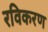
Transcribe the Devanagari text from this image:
रविकरण